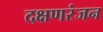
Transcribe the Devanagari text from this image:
दक्षणरंजन